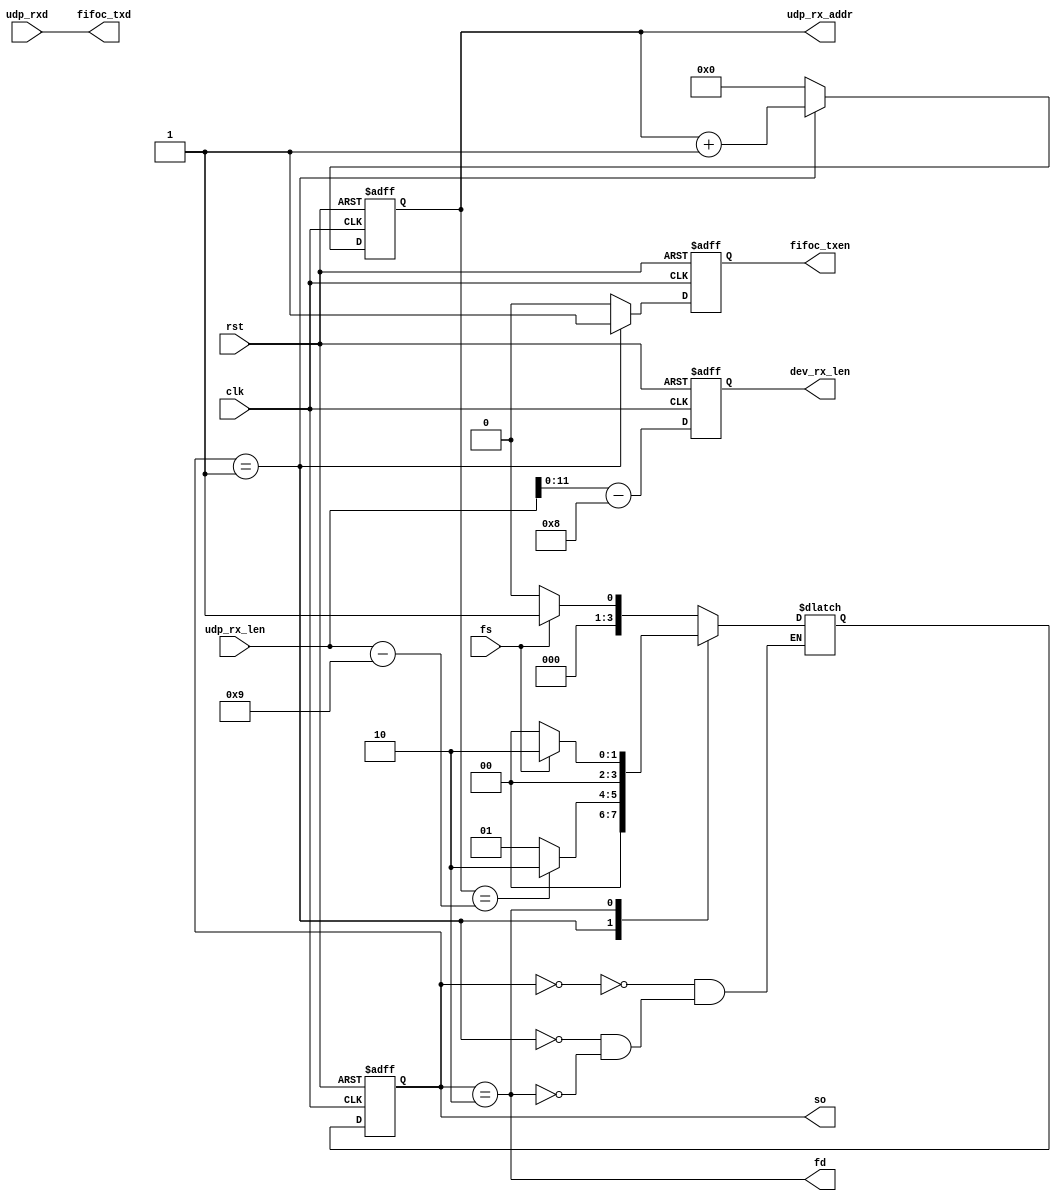
module mac2fifoc(
    //TEST
    input clk, 
    input rst,

    // CONTROL
    input fs,
    output fd,
    output [3:0] so,

    // MAC
    input [7:0] udp_rxd,
    output reg [10:0] udp_rx_addr,
    input [15:0] udp_rx_len,
    
    // FIFOC
    output [7:0] fifoc_txd,
    output reg fifoc_txen,
    output [11:0] dev_rx_len
);


    localparam IDLE = 4'h0, WORK = 4'h1, LAST = 4'h2;

    reg [15:0] data_cnt;

    reg [3:0] state, next_state;

    reg [15:0] reg_dev_rx_len;
    assign dev_rx_len = reg_dev_rx_len[11:0];

    assign fifoc_txd = udp_rxd;
    assign fd = (state == LAST);
    assign so = state;

    always @(posedge clk or posedge rst) begin
        if(rst) reg_dev_rx_len <= 16'h0;
        else reg_dev_rx_len <= udp_rx_len - 16'h8;
    end


    always @(posedge clk or posedge rst) begin
        if(rst) state <= IDLE;
        else state <= next_state;
    end

    always @(*) begin
        case(state)
            IDLE: begin
                if(fs) next_state <= WORK;
                else next_state <= IDLE;
            end
            WORK: begin
                if(udp_rx_addr == udp_rx_len - 16'h9) next_state <= LAST;
                else next_state <= WORK;
            end
            LAST: begin
                if(fs == 1'b0) next_state <= IDLE;
                else next_state <= LAST;
            end
        endcase
    end

    always @(posedge clk or posedge rst) begin
        if(rst) udp_rx_addr <= 11'h0;
        else if(state == WORK) udp_rx_addr <= udp_rx_addr + 1'b1;
        else udp_rx_addr <= 11'h0;
    end

    always @(posedge clk or posedge rst) begin
        if(rst) fifoc_txen <= 1'b0;
        else if(state == WORK) fifoc_txen <= 1'b1;
        else fifoc_txen <= 1'b0;
    end



endmodule